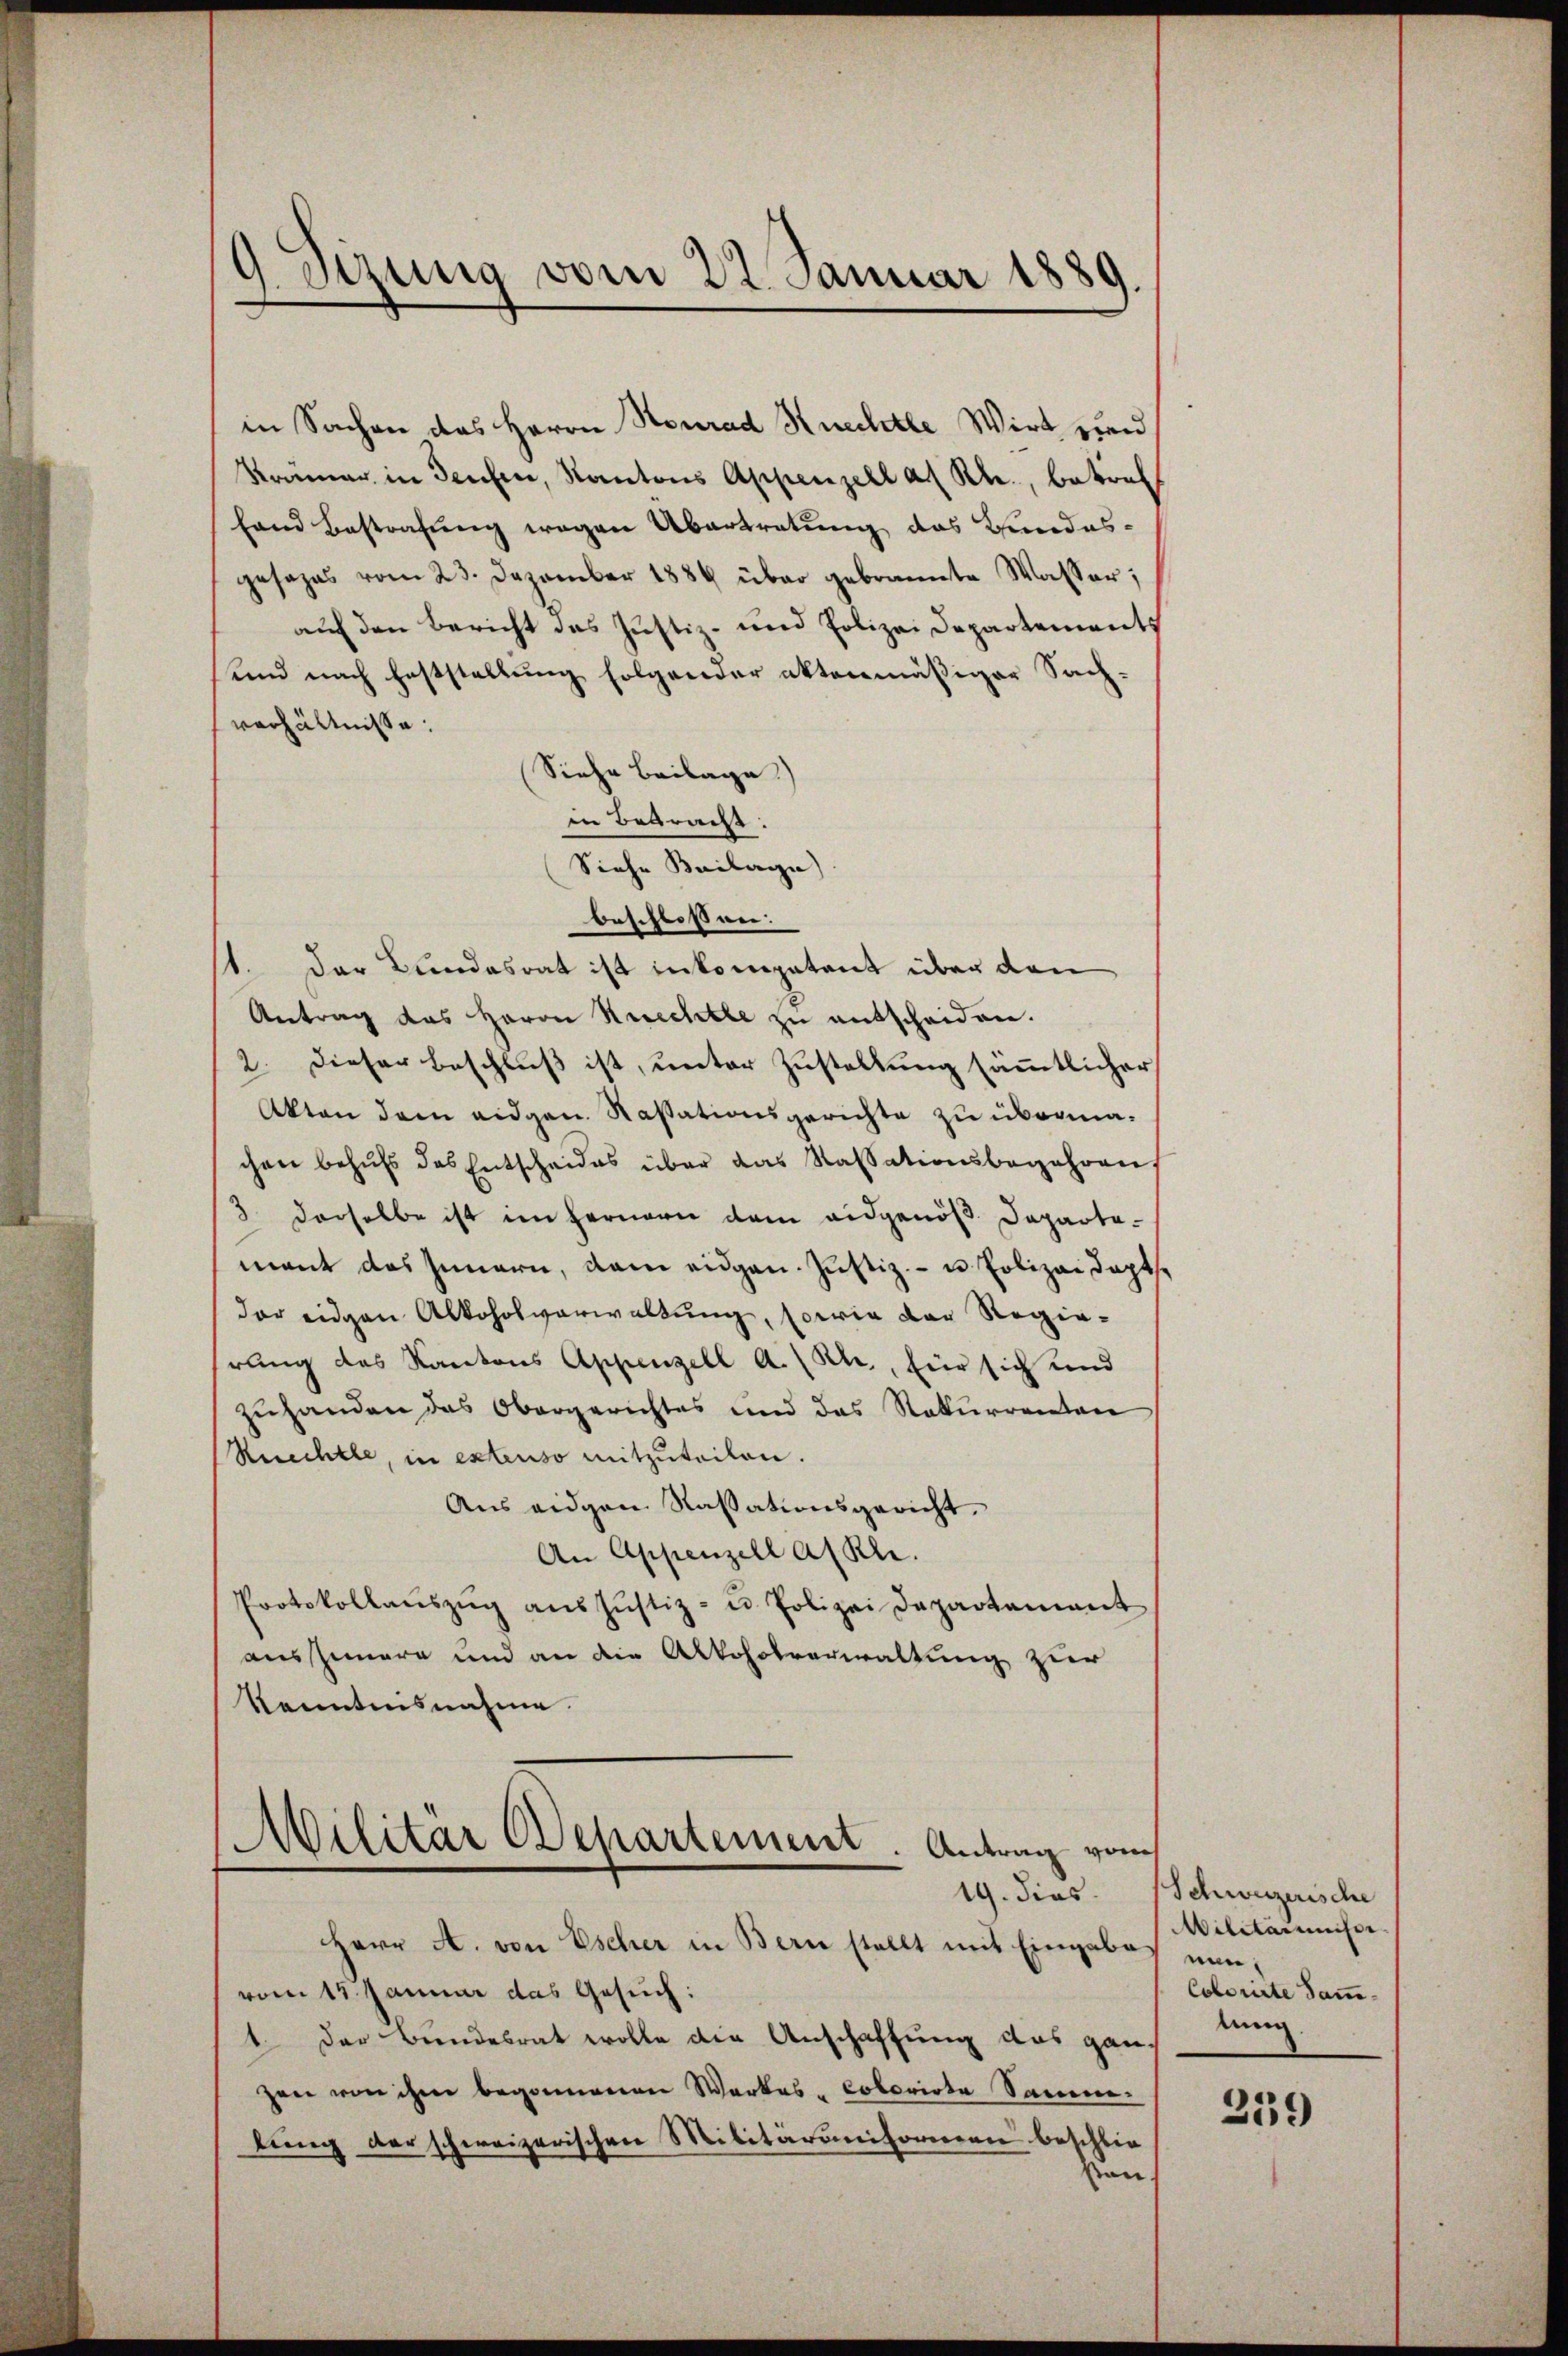
J. Stzung vom 22. Januar 1889.

in Sachen das Herrn Stonrad Knechtle Wirt und
Krämer in Teuchen, Kantons Appenzell a. Rh., betref
fand Bestrafung wegen Übertretung das Bundesgesages vom 23. Dezember 1884 über gebrannte Wasser;
auf den Bericht das Justiz- und Polizei Departements
und nach Feststellung folgender aktenmäßiger Sachverhältnisse.
Siehe Beilage)
in Betracht.
Siehe Beilage)
beschlossen:
1. Der Bundesrat ist inkompetent über den
Antrag des Herrn Rechtle zu entscheiden.
2. Dieser Beschluß ist, unter Zustellung sämmtlicher
Akten dem eidgen. Kassationsgerichte zu übermachen behufs das Entscheides über das Kassationsbegehren
3 derselbe ist im fernern dem eidgenöß Departa-
mant das Innern, dem eidgen. Justiz- u. Polizei doptsder eidgen Alkoholverwaltung, sowie der Regierung des Kantons Appenzell A.-Rh., für sich und
zuhanden das Obergerichtes und das Rekurrenton
Rerechtle, in extenso mitzuteilen.
Aus eidgen Kassationsgericht.
An Appenzell a/Rh.
Protokollaŭszŭg aŭs Jŭstiz- u. Polizei Departement
aushimmern und an die Alkoholverwaltung zur
Kenntnisnahme.
Militär Departement. Antrag vom
Herr A. von Escher in Bern stellt mit Eingabes nun,
vom 15. Januar das Gesuch:
1. Der Bundesrat wolle die Anschaftung das ganzen von ihm begonnenen Werkes - Colorirte Sammlung der schweizerischen Militäruniformen beschlie
Pan

19. dies. Schweizerische
Militärrisse
Colorirte Sammtung.

259